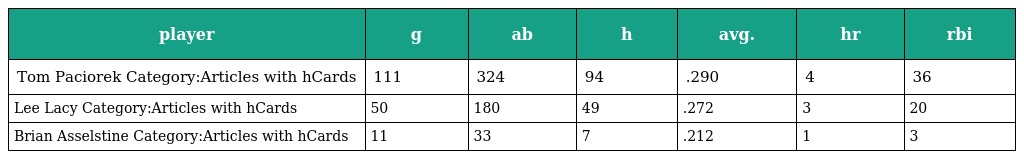
| player | g | ab | h | avg. | hr | rbi |
 | --- | --- | --- | --- | --- | --- | --- |
 | Tom Paciorek Category:Articles with hCards | 111 | 324 | 94 | .290 | 4 | 36 |
 | Lee Lacy Category:Articles with hCards | 50 | 180 | 49 | .272 | 3 | 20 |
 | Brian Asselstine Category:Articles with hCards | 11 | 33 | 7 | .212 | 1 | 3 |